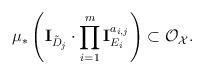
LaTeX: \begin{align*}\mu_* \left( \mathbf{I}_{\tilde{D}_j} \cdot \prod_{i=1}^m \mathbf{I}_{E_i}^{a_{i,j}} \right) \subset \mathcal{O}_{\mathcal{X}}. \end{align*}